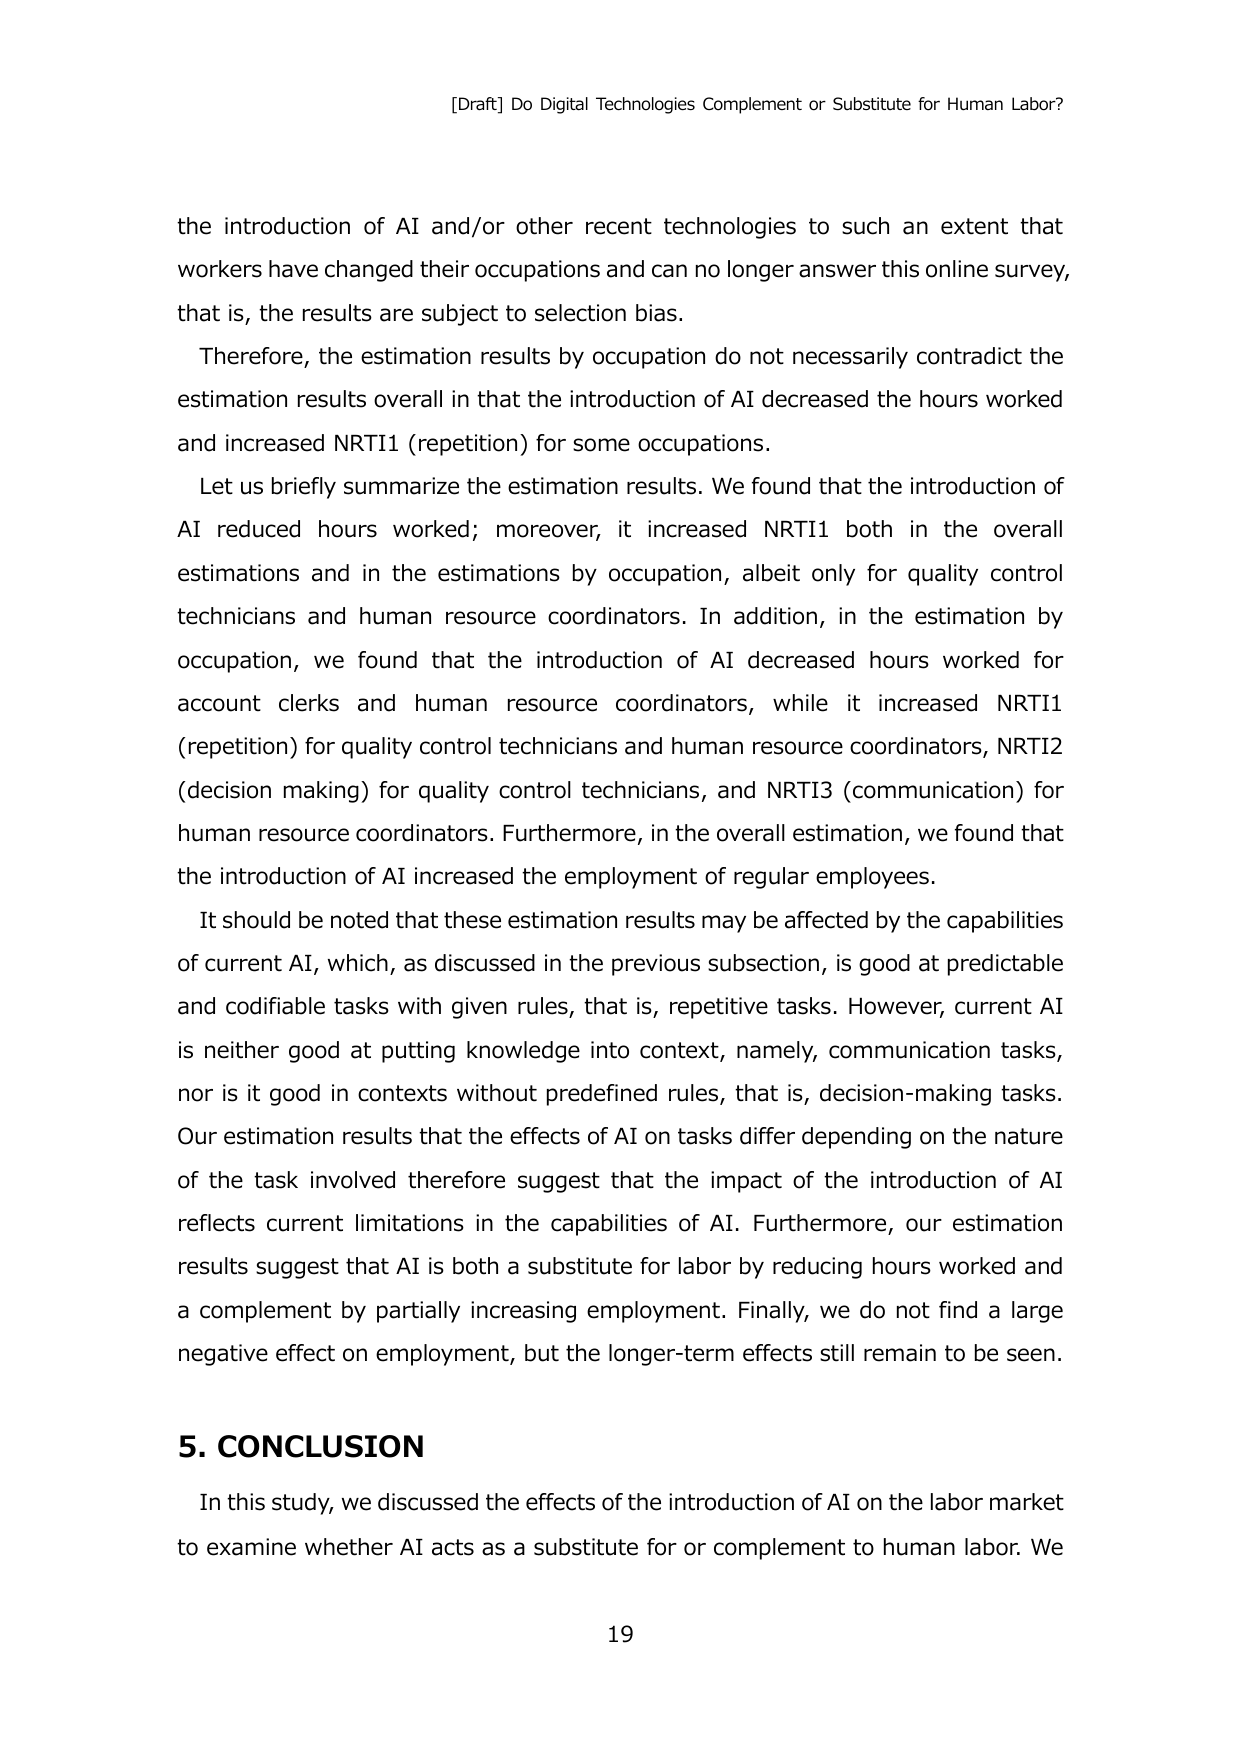
[Draft] Do Digital Technologies Complement or Substitute for Human Labor?

the introduction of AI and/or other recent technologies to such an extent that workers have changed their occupations and can no longer answer this online survey, that is, the results are subject to selection bias.

Therefore, the estimation results by occupation do not necessarily contradict the estimation results overall in that the introduction of AI decreased the hours worked and increased NRTI1 (repetition) for some occupations.

Let us briefly summarize the estimation results. We found that the introduction of AI reduced hours worked; moreover, it increased NRTI1 both in the overall estimations and in the estimations by occupation, albeit only for quality control technicians and human resource coordinators. In addition, in the estimation by occupation, we found that the introduction of AI decreased hours worked for account clerks and human resource coordinators, while it increased NRTI1 (repetition) for quality control technicians and human resource coordinators, NRTI2 (decision making) for quality control technicians, and NRTI3 (communication) for human resource coordinators. Furthermore, in the overall estimation, we found that the introduction of AI increased the employment of regular employees.

It should be noted that these estimation results may be affected by the capabilities of current AI, which, as discussed in the previous subsection, is good at predictable and codifiable tasks with given rules, that is, repetitive tasks. However, current AI is neither good at putting knowledge into context, namely, communication tasks, nor is it good in contexts without predefined rules, that is, decision-making tasks. Our estimation results that the effects of AI on tasks differ depending on the nature of the task involved therefore suggest that the impact of the introduction of AI reflects current limitations in the capabilities of AI. Furthermore, our estimation results suggest that AI is both a substitute for labor by reducing hours worked and a complement by partially increasing employment. Finally, we do not find a large negative effect on employment, but the longer-term effects still remain to be seen.

5. CONCLUSION

In this study, we discussed the effects of the introduction of AI on the labor market to examine whether AI acts as a substitute for or complement to human labor. We

19